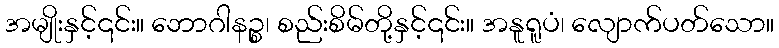
အမျိုးနှင့်၎င်း။ ဘောဂါနဉ္စ၊ စည်းစိမ်တို့နှင့်၎င်း။ အနူရူပံ၊ လျောက်ပတ်သော။